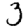
Digit: 3